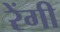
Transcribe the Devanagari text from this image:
रेंगी